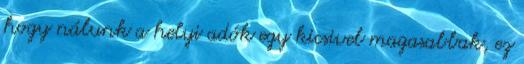
hogy nálunk a helyi adók egy kicsivel magasabbak, ez